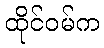
ထိုင်ဝမ်က